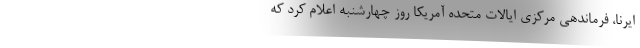
ایرنا، فرماندهی مرکزی ایالات متحده آمریکا روز چهارشنبه اعلام کرد که